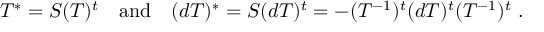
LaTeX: T ^ { * } = { \cal S } ( T ) ^ { t } ~ ~ ~ \mathrm { a n d } ~ ~ ~ ( d T ) ^ { * } = { \cal S } ( d T ) ^ { t } = - ( T ^ { - 1 } ) ^ { t } ( d T ) ^ { t } ( T ^ { - 1 } ) ^ { t } ~ .